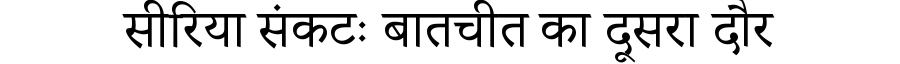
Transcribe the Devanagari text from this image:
सीरिया संकटः बातचीत का दूसरा दौर